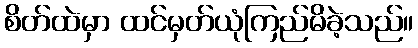
စိတ်ထဲမှာ ထင်မှတ်ယုံကြည်မိခဲ့သည်။